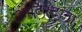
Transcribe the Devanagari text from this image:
आर्टिस्टांना